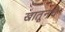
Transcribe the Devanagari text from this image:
खातूनचे